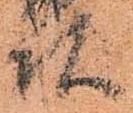
頭